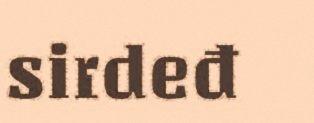
sirdeđ